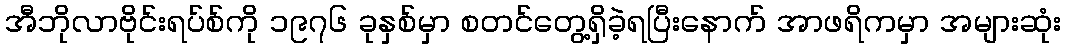
အီဘိုလာဗိုင်းရပ်စ်ကို ၁၉၇၆ ခုနှစ်မှာ စတင်တွေ့ရှိခဲ့ရပြီးနောက် အာဖရိကမှာ အများဆုံး